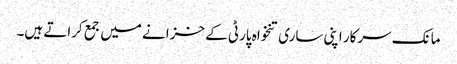
مانک سرکار اپنی ساری تنخواہ پارٹی کے خزانے میں جمع کراتے ہیں۔